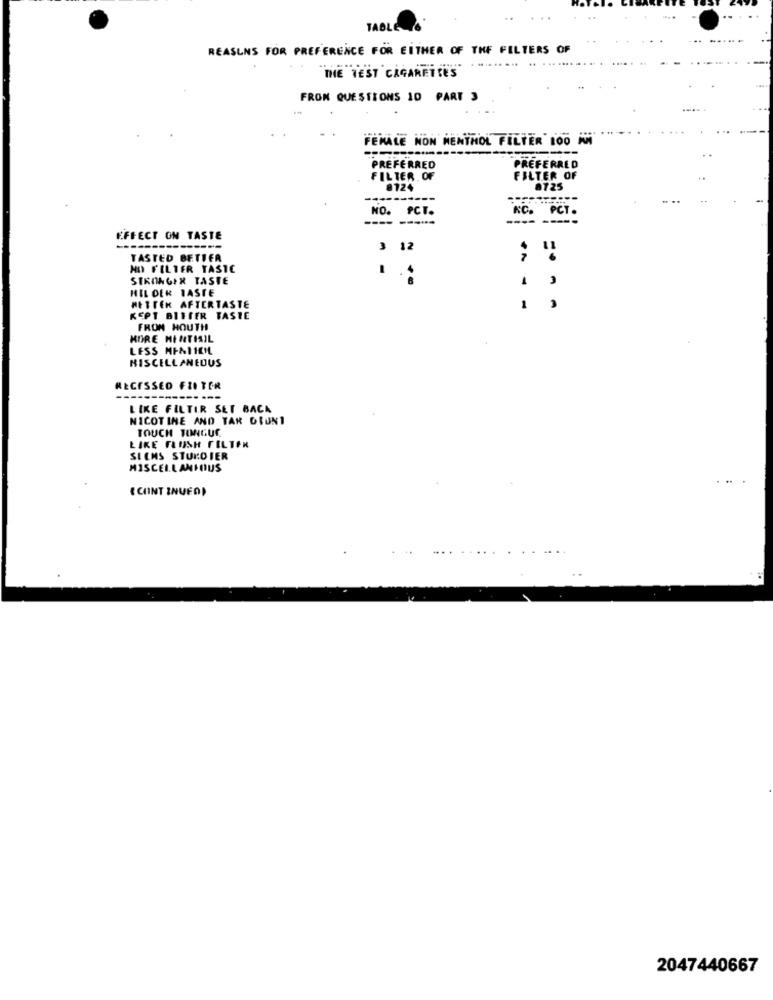
TABLE
REASLNS FOR PREFERENCE FOR EITHER OF THE FILTERS OF
.. .
THE TEST CAGARETTE'S"
FROM QUESTIONS 10 PART 3
FEMALE NON MENTHOL FILTER 100 M
---
PREFERRED
PREFERRED
FILTER. OF
FILTER OF
8124
8725
NO. PCT.
NC. PCT.
----
EFFECT ON TASTE
--------------
3 12
TASTED BETTER
HO FILTER TASTE
STRONGER TASTE
1
HIL DER IASTE
1
2
HETTEK AFTERTASTE
KEPT BITTER TASTE
FROM HOUTH
MORE MINTIAIL
LESS MINIMEML
MISCELLANEOUS
RECESSED FILTER
----
LIKE FILTER SET BACK
NICOTINE AND TAR DIUNT
TOUCH TONGUE
LIKE FLUSH FILTER
SEEMS STURDIER
MISCELLANEOUS
( CONTINUED)
2047440667